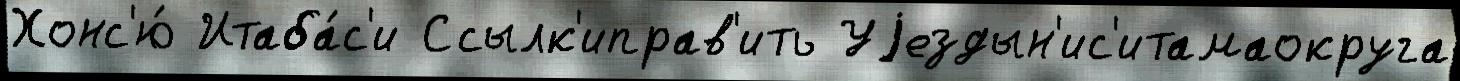
Хонс'ю́ Итаба́с'и Ссылк'иправ'ить Уjездын'ис'итамаокруга